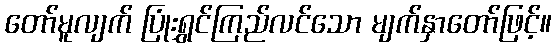
တော်မူလျက် ပြုံးရွှင်ကြည်လင်သော မျက်နှာတော်ဖြင့်။